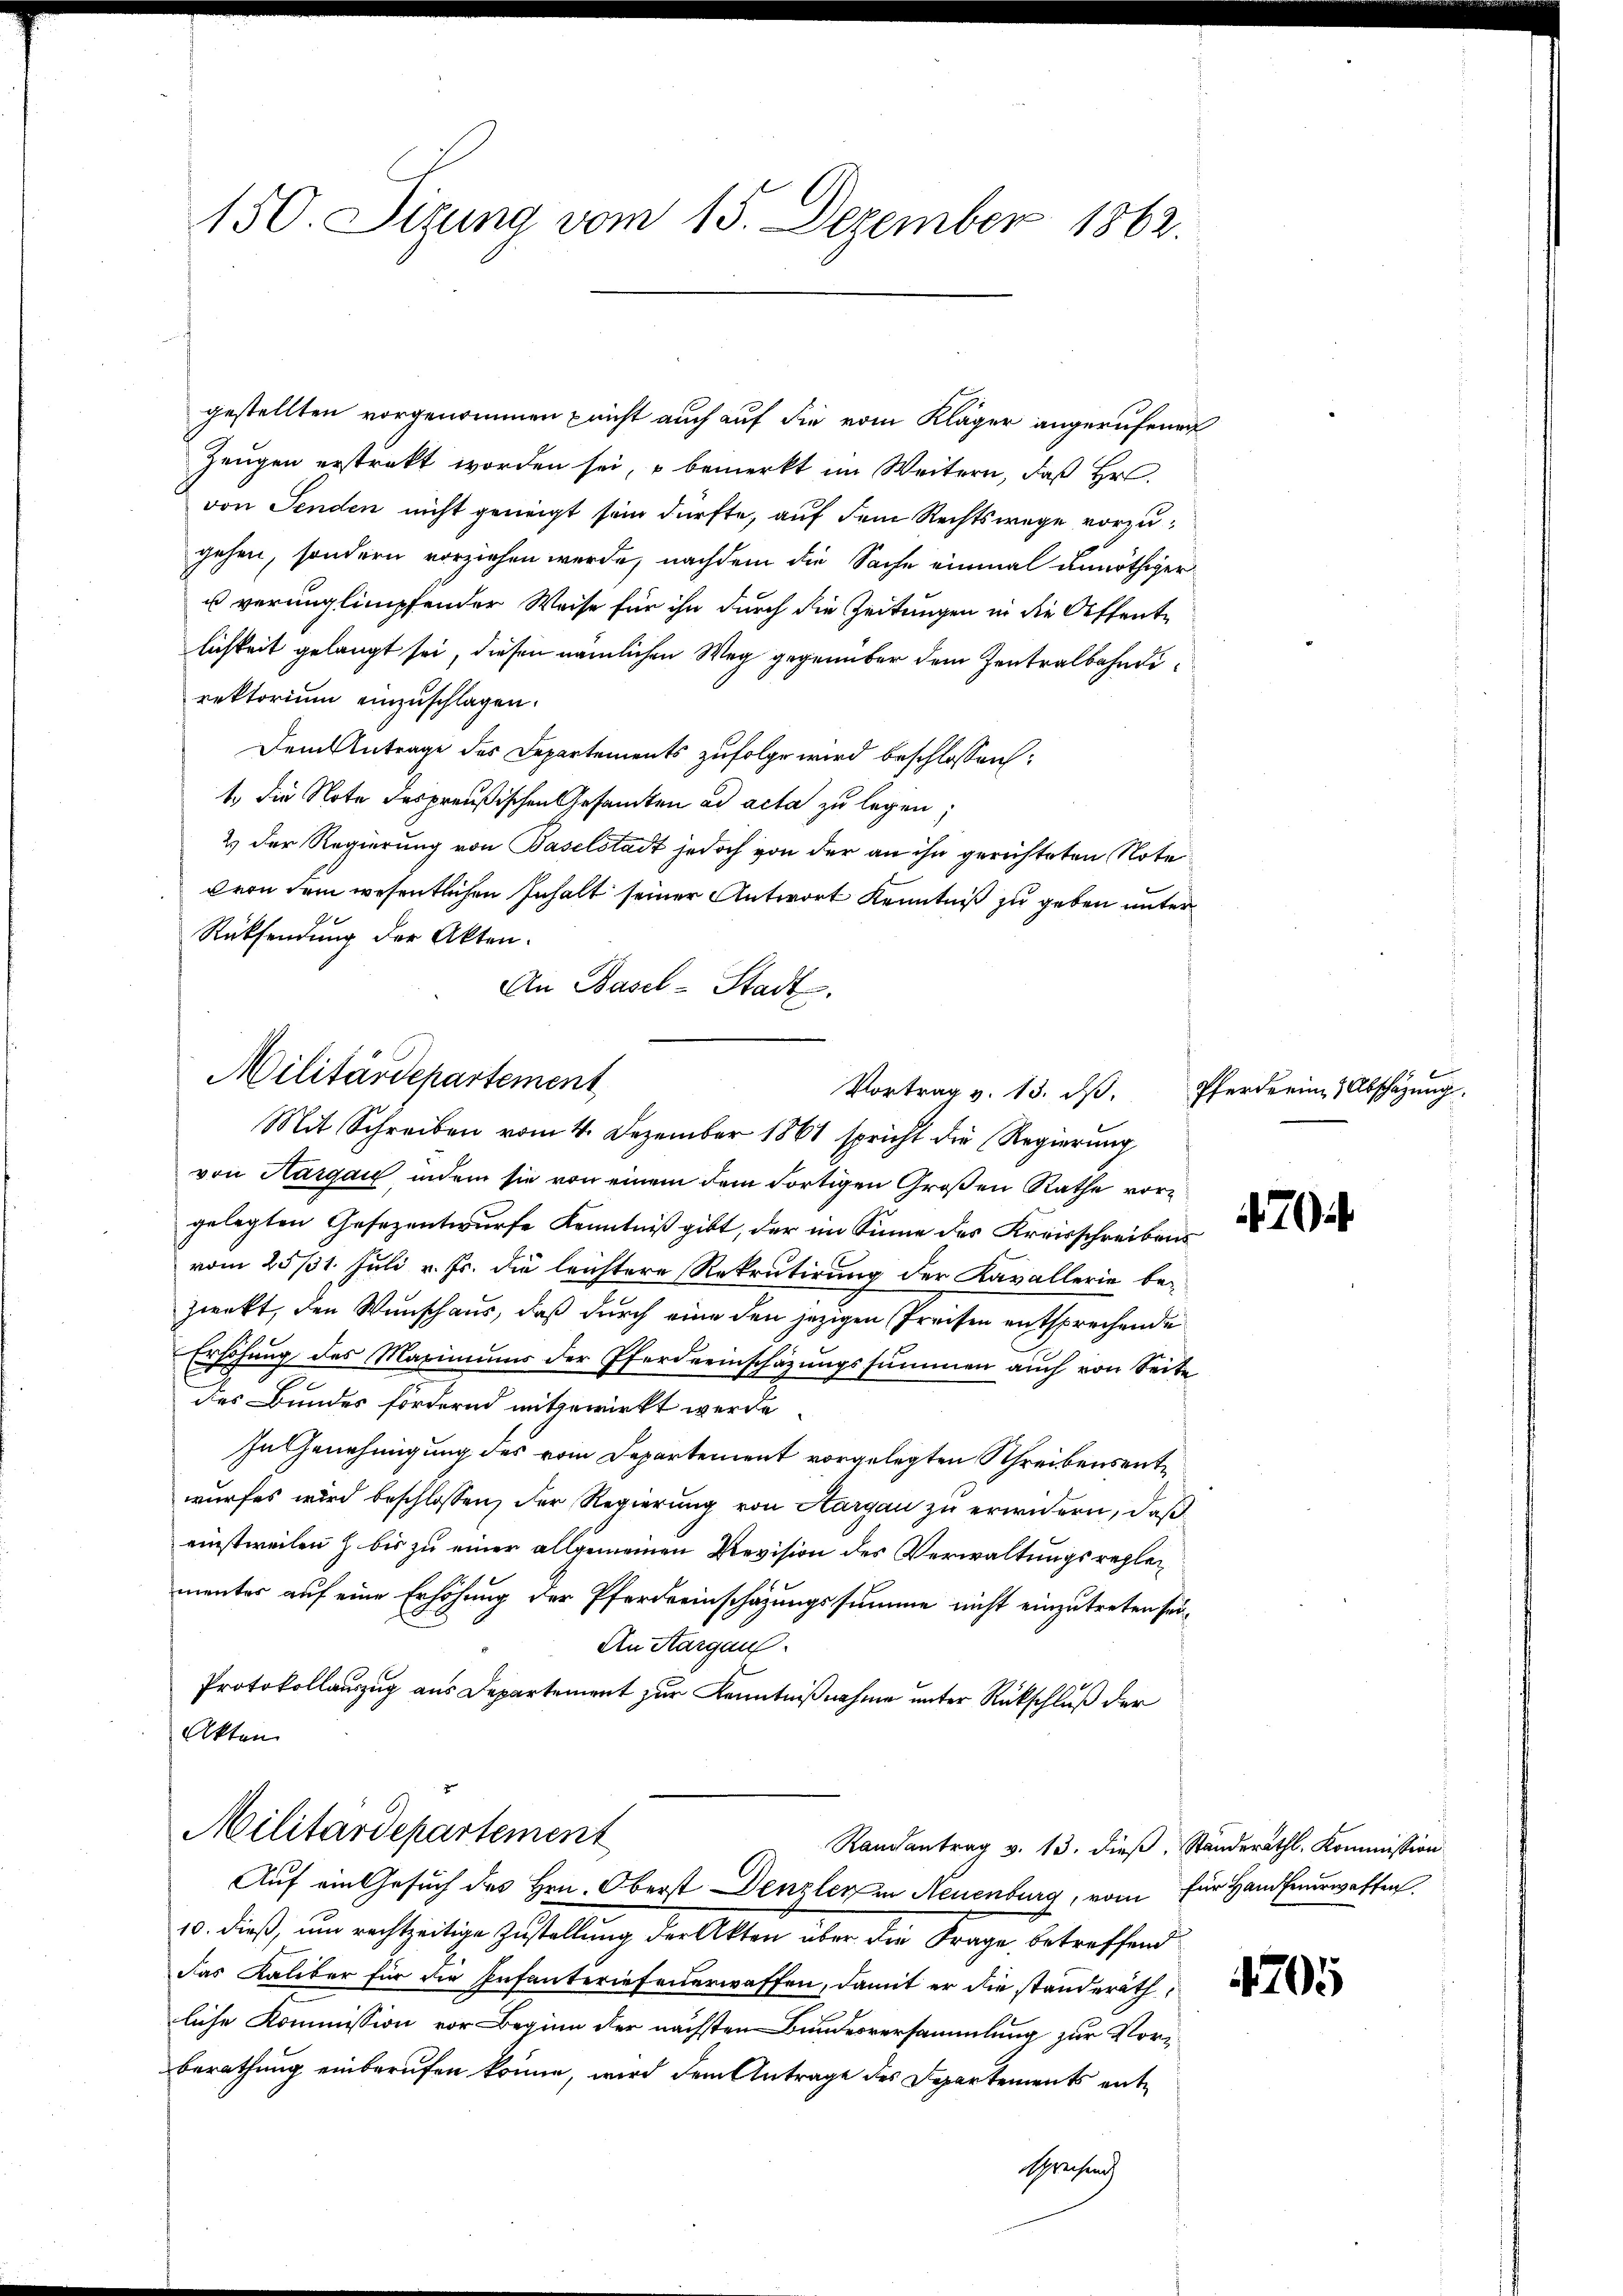
150. Sizung vom 15. Dezember 1862.

Zeugen erstrakt worden sei, u bemerkt im Weitern, daß Hr
von Tenden nicht geneigt sein dürfte, auf dem Rechtswege vorzugehen, sondern vorziehen werde, nachdem die Sache einmal unnöthiger
u verunglimpfender Weise für ihn durch die Zeitungen in die Offente
lichkeit gelangt sei, diesen nämlichen Weg gegenüber dem Zentralbahndirektorium einzuschlagen.
Dem Antrage des Departements zufolge wird beschlossen:
t die Note des preußischen Gesandten ad acta zu legen;
2) Der Regierung von Baselstadt jedoch von der an ihn gerichteten Note
cron dem wesentlichen Inhalt seiner Antwort Kenntniß zu geben unter
Rücksendung der Akten.
An Basel-Stadt.
Militärdepartement
Vortrag v. 13. dβ. Pferderin & Abschäzŭng
Mit Schreiben vom 4. Dezember 1861 spricht die Regierung
von Hargau indem sie von einem dem Fortigen Großen Rathe vorgelegten Gesezentwurfe Kenntniß gibt, der im Sinne des Kreisschreibens
vom 25/31. Juli v. Js. die leichtere Rekrutirung der Kavallerie bezwekt, den Wunschaus, daß durch eine den jezigen Preisen entsprechende
Erhöhung des Maximums der Pferdeeinschazungssummen auch von Seite
des Bundes fordernd mitgewirkt werde.
In Genehmigung des vom Departement vorgelegten Schreibensentwurfes wird beschlossen, der Regierung von Aargau zu erwidern, daß
einstweilen z bis zu einer allgemeinen Revision des Verwaltungsreglementer auf eine Erhöhung der Pferdeeinschazungssumme nicht einzutreten sei¬
An Aargau.
Protokollauszug aus Departement zur Kenntnißnahme unter Rückschluß der
Akten

gestellten vorgenommen pricht auch auf die vom Kläger angerufenen

Militärdepartement
Randantrag v. 13. dieß, Ständerath, Kommission
Auf ein Gesuch des Hrn. Oberst Denzler in Neuenburg, vom für Hand feuerwaffen

10. dieß, um rachtzeitige Zustellung der Akten über die Frage, betreffend
das Kaliber für die Infanteriefenerwaffen, damit er die standeräth
liche Kommission vor Beginn der nächsten Bundesversammlung zur Vor¬
Berathung einberufen könne, wird dem Antrage des Departements entsprechend

4705